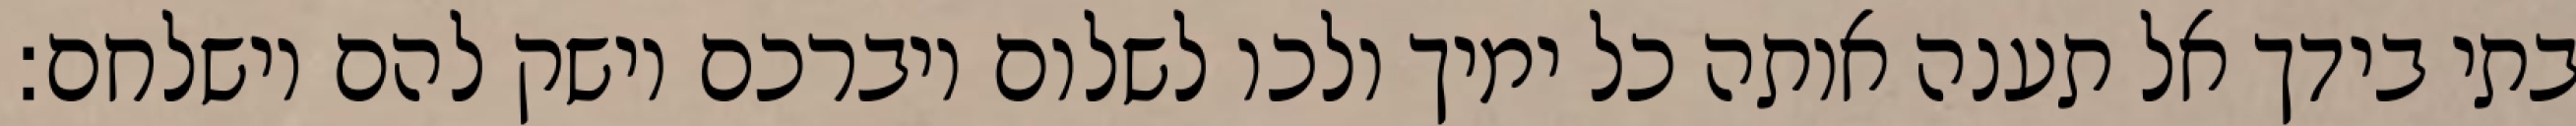
בתי בידך אל תענה אותה כל ימיך ולכו לשלום ויברכם וישק להם וישלחם: